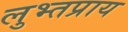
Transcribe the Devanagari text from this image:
लुभ्तप्राय